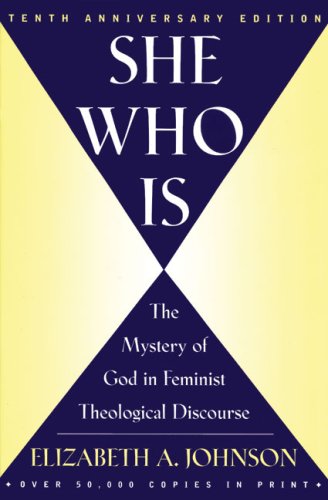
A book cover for She Who Is: The Mystery of God in Feminist Theological Discourse; Elizabeth A. Johnson; Politics & Social Sciences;